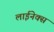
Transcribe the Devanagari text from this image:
लाईनेक्स